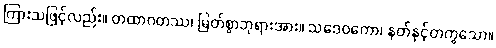
ကြားသဖြင့်လည်း။ တထာဂတဿ၊ မြတ်စွာဘုရားအား။ သဒေဝကော၊ နတ်နှင့်တကွသော။